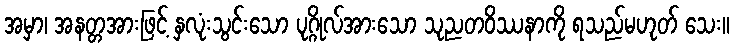
အမှာ၊ အနတ္တအားဖြင့် နှလုံးသွင်းသော ပုဂ္ဂိုလ်အားသော သုညတဝိဿနာကို ရသည်မဟုတ် သေး။